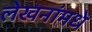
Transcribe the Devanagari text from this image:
लेखनांमधे